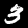
Label: 3